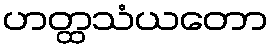
ဟတ္ထသံယတော